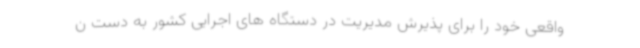
واقعی خود را برای پذیرش مدیریت در دستگاه های اجرایی کشور به دست ن